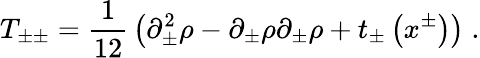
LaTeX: T_{\pm\pm}={\frac{1}{12}}\left(\partial_{\pm}^{2}\rho-\partial_{\pm}\rho\partial_{\pm}\rho+t_{\pm}\left(x^{\pm}\right)\right)\; .